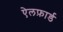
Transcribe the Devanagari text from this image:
ऐलफ़ार्ड